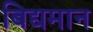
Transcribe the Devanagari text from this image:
बिद्यमान